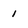
Character: 1